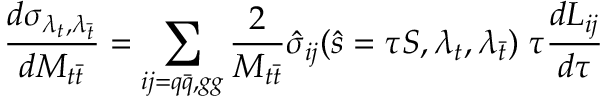
\frac { d \sigma _ { \lambda _ { t } , \lambda _ { \bar { t } } } } { d M _ { t \bar { t } } } = \sum _ { i j = q \bar { q } , g g } \frac { 2 } { M _ { t \bar { t } } } \hat { \sigma } _ { i j } ( \hat { s } = \tau S , \lambda _ { t } , \lambda _ { \bar { t } } ) \; \tau \frac { d L _ { i j } } { d \tau }